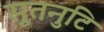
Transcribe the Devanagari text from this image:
सुतनुटि